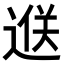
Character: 𨓵